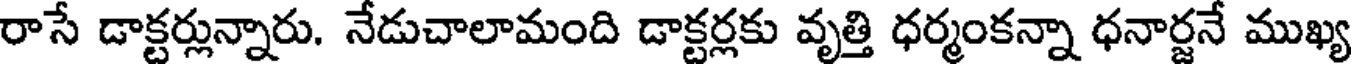
రాసే డాక్టర్లున్నారు. నేడుచాలామంది డాక్టర్లకు వృత్తి ధర్మంకన్నా ధనార్జనే ముఖ్య